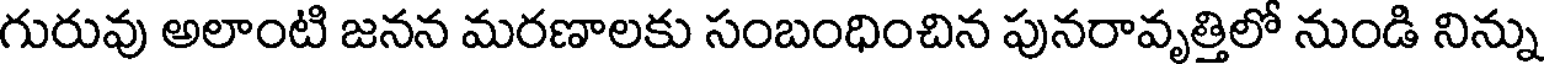
గురువు అలాంటి జనన మరణాలకు సంబంధించిన పునరావృత్తిలో నుండి నిన్ను